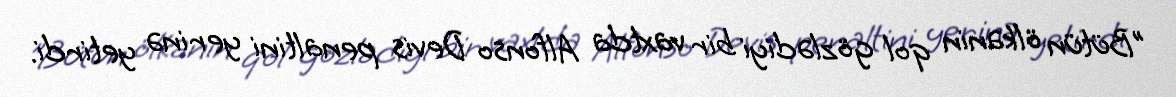
"Bütün ölkənin qol gözlədiyi bir vaxtda Alfonso Devis penaltini yerinə yetirdi.